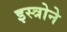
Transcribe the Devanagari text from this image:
इस्त्रोने